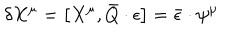
\delta X ^ { \mu } = \left[ X ^ { \mu } , \bar { Q } \cdot \epsilon \right] = \bar { \epsilon } \cdot \psi ^ { \mu }